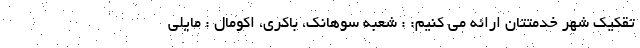
تقکیک شهر خدمتتان ارائه می کنیم: : شعبه سوهانک، باکری، اکومال : مایلی